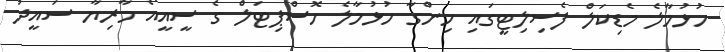
ހުޅުމާލެ މެޑިކަލް ފެސިލިޓީގައި ހިންގާ ހުޅުމާލެ ހޮސްޕިޓަލް ގެ ސީއީއޯ މާރިޔާ ސައީދު